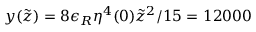
y ( \tilde { z } ) = 8 \epsilon _ { R } \eta ^ { 4 } ( 0 ) \tilde { z } ^ { 2 } / 1 5 = 1 2 0 0 0